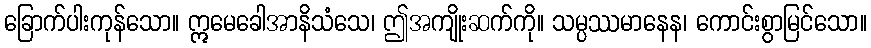
ခြောက်ပါးကုန်သော။ ဣမေခေါအာနိသံသေ၊ ဤအကျိုးဆက်ကို။ သမ္ပဿမာနေန၊ ကောင်းစွာမြင်သော။